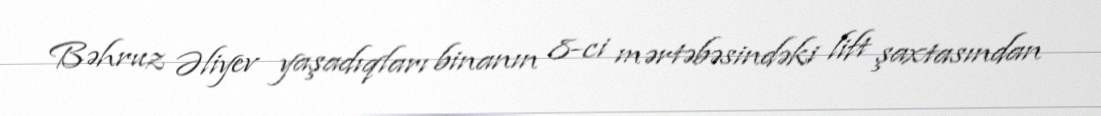
Bəhruz Əliyev yaşadıqları binanın 8-ci mərtəbəsindəki lift şaxtasından